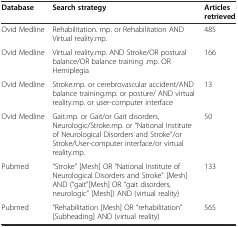
<table><thead><tr><td><b>Database</b></td><td><b>Search strategy</b></td><td><b>Articles retrieved</b></td></tr></thead><tbody><tr><td>Ovid Medline</td><td>Rehabilitation. mp. or Rehabilitation AND Virtual reality.mp.</td><td>485</td></tr><tr><td>Ovid Medline</td><td>Virtual reality.mp. AND Stroke/OR postural balance/OR balance training .mp. OR Hemiplegia</td><td>166</td></tr><tr><td>Ovid Medline</td><td>Stroke.mp. or cerebrovascular accident/AND balance training.mp. or posture/ AND virtual reality.mp. or user-computer interface</td><td>13</td></tr><tr><td>Ovid Medline</td><td>Gait.mp. or Gait/or Gait disorders, Neurologic/Stroke.mp. or “National Institute of Neurological Disorders and Stroke”/or Stroke/User-computer interface/or virtual reality.mp.</td><td>50</td></tr><tr><td>Pubmed</td><td>“Stroke” [Mesh] OR “National Institute of Neurological Disorders and Stroke” [Mesh] AND (“gait”[Mesh] OR “gait disorders, neurologic” [Mesh]) AND (virtual reality)</td><td>133</td></tr><tr><td>Pubmed</td><td>“Rehabilitation [Mesh] OR “rehabilitation” [Subheading] AND (virtual reality)</td><td>565</td></tr></tbody></table>